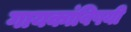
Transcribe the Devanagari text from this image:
गायकांविषयी